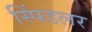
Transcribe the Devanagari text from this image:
स्पिंडलर